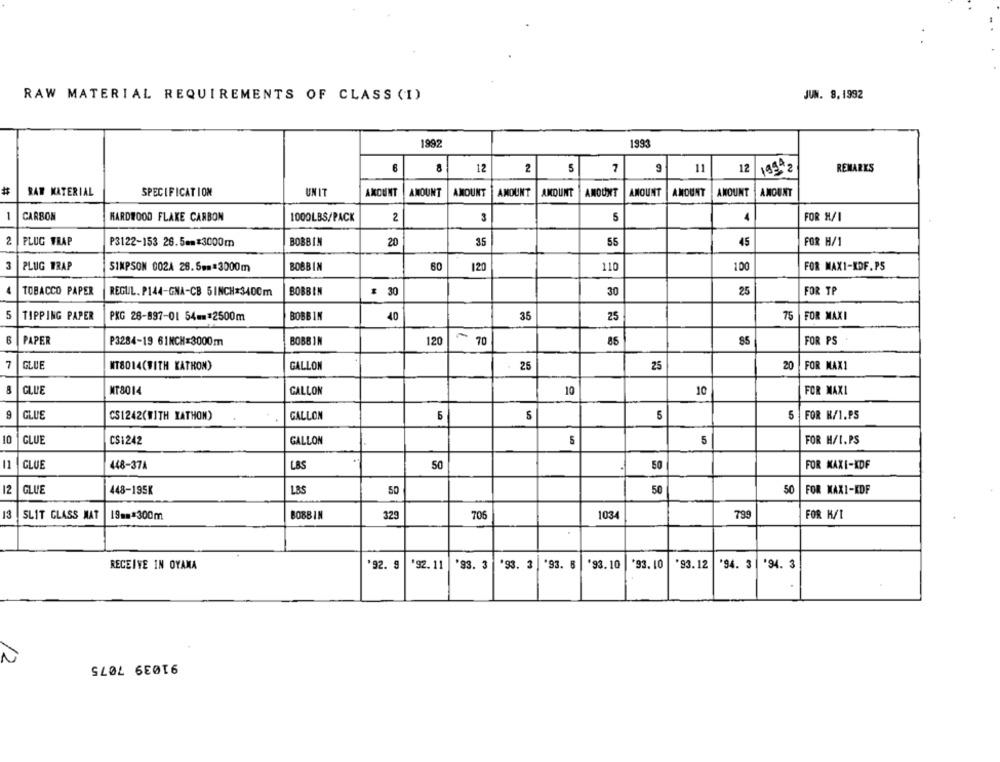
RAW MATERIAL REQUIREMENTS OF CLASS (I)
JUN. 9.1992
1992
1993
12
2
5
7
9
11
REMARKS
12
1992 2
#
RAW MATERIAL
SPECIFICATION
UNIT
AMOUNT
AMOUNT
AMOUNT
AMOUNT
AMOUNT
AMOUNT
AMOUNT
AMOUNT
AMOUNT
AMOUNT
1
CARBON
HARDWOOD FLAKE CARBON
1000LBS/PACK
2
3
5
4
FOR H/I
2
PLUG WRAP
P3122-153 26.5mm$3000m
BOBBIN
20
35
55
45
FOR H/1
3
PLUG WRAP
BOBBIN
60
120
110
100
FOR MAX1-KDF.PS
SIMPSON 002A 26.5mm=3000m
4
FOR TP
TOBACCO PAPER
REGUL. P144-GNA-CB 5INCH=3400m
BOBBIN
# 30
30
25
5
TIPPING PAPER
PKG 26-897-01 54 -** 2500m
BOBBIN
40
35
25
75
FOR MAXI
6
PAPER
P3284-19 61NCH=3000m
120
70
85
FOR PS
7
GLUE
MT8014(WITH KATHON)
GALLON
25
25
20
FOR MAXI
8
GLUE
MT8014
GALLON
10
10
FOR MAXI
9
GLUE
CS1242(WITH KATHON)
GALLON
S
5
FOR H/I.P5
10
CLUE
CS1242
GALLON
5
5
FOR H/I.PS
11
CLUE
448-37A
LBS
50
50
FOR MAXI-XDF
12
GLUE
448-195K
LBS
50
50
50
FOR MAXI-KDF
13
SLIT GLASS MAT
19mm*300m
BOBBIN
329
706
1034
799
FOR H/I
'92. 9 '92. 11 '93. 3 '93. 3 '93. 8 '93.10 '93. 10
*93.12
'94. 3 |'94. 3
RECEIVE IN OYAMA
91039 7075